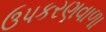
ઉપકરણવાળા